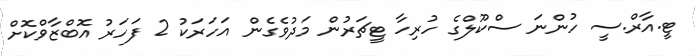
ޓީ.އާރް.ސީ ހުންނަ ސްކޫލްގެ ހުރިހާ ޓީޗަރުން މަދުވެގެން އަހަރަކު 2 ފަހަރު އޮބްޒާވްކޮށް